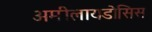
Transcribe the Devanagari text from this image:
अमीलायडोसिस